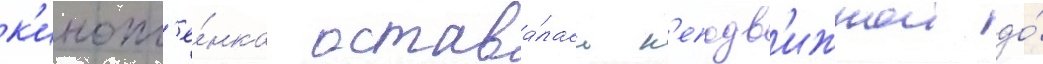
к'инопл'ё́нка остава́лась н'еподв'ижнои до́